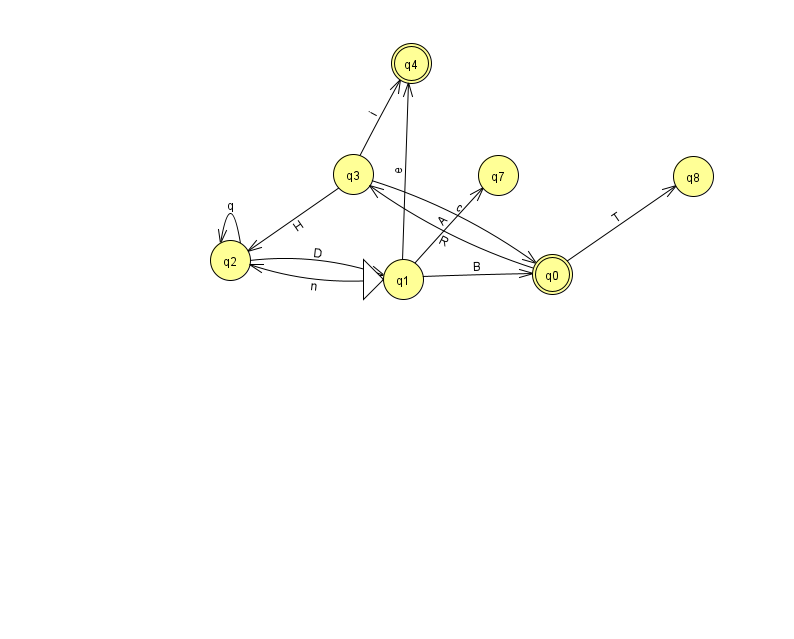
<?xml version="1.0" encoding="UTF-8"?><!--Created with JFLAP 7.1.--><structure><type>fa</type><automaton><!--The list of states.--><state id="0" name="q0"><x>552.0</x><y>261.0</y><final/></state><state id="1" name="q1"><x>403.0</x><y>266.0</y><initial/></state><state id="2" name="q2"><x>230.0</x><y>247.0</y></state><state id="3" name="q3"><x>353.0</x><y>161.0</y></state><state id="4" name="q4"><x>411.0</x><y>50.0</y><final/></state><state id="7" name="q7"><x>498.0</x><y>162.0</y></state><state id="8" name="q8"><x>693.0</x><y>163.0</y></state><!--The list of transitions.--><transition><from>2</from><to>2</to><read>q</read></transition><transition><from>0</from><to>8</to><read>T</read></transition><transition><from>1</from><to>2</to><read>n</read></transition><transition><from>3</from><to>4</to><read>i</read></transition><transition><from>3</from><to>2</to><read>H</read></transition><transition><from>1</from><to>0</to><read>B</read></transition><transition><from>1</from><to>4</to><read>e</read></transition><transition><from>1</from><to>7</to><read>A</read></transition><transition><from>2</from><to>1</to><read>D</read></transition><transition><from>3</from><to>0</to><read>c</read></transition><transition><from>0</from><to>3</to><read>R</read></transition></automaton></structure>